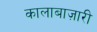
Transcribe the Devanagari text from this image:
कालाबाज़ारी